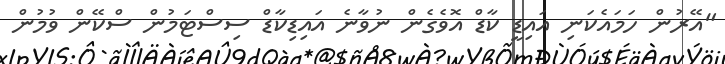
"އޭރުން ހަމައެކަނި އައިޑީ ކާޑް އޮވެގެން ނުވާނެ އައިޑިކާޑް ސިސްޓަމުން ސްކޭން ވުމުން